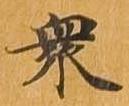
衆